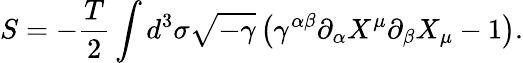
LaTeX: S=-\frac{T}{2}\int d^{3}\sigma\sqrt{-\gamma}\left(\gamma^{\alpha\beta}\partial_{\alpha}X^{\mu}\partial_{\beta}X_{\mu}-1\right).